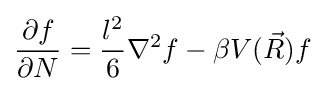
{\frac {\partial f}{\partial N}}={\frac {l^{2}}{6}}\nabla ^{2}f-\beta V({\vec {R}})f